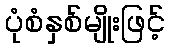
ပုံစံနှစ်မျိုးဖြင့်